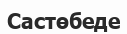
Састөбеде